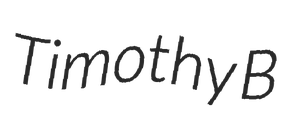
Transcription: Timothy B